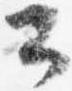
公